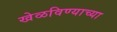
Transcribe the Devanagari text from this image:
खेळविण्याच्या